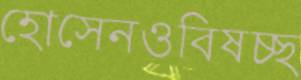
হোসেনওবিষচ্ছ